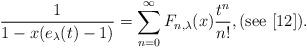
LaTeX: \begin{align*}\frac{1}{1-x(e_{\lambda}(t)-1)}=\sum_{n=0}^{\infty}F_{n,\lambda}(x)\frac{t^{n}}{n!},(\mathrm{see}\ [12]). \end{align*}